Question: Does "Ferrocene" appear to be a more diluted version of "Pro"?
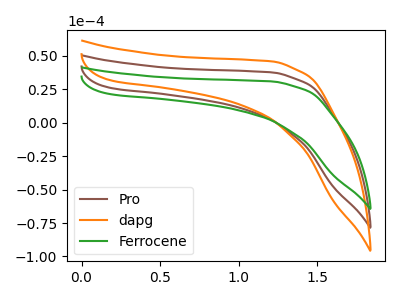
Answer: <think>The brown curve "Pro" has no peaks. The orange curve "dapg" has no peaks. The green curve "Ferrocene" has no peaks.
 Neither "Ferrocene" or "Pro" have any peaks.</think>
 <answer>I cant tell if "Ferrocene" or "Pro" has higher concentration.</answer>
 <eval>mixed_concentration</eval>